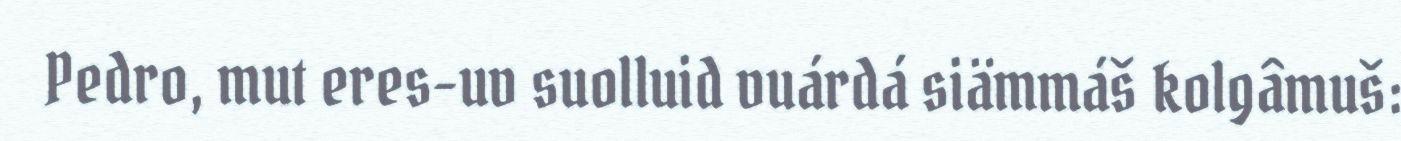
Pedro, mut eres-uv suolluid vuárdá siämmáš kolgâmuš: